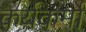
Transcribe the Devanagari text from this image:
कर्यकर्मो